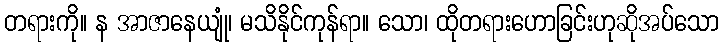
တရားကို။ န အာဇာနေယျုံ၊ မသိနိုင်ကုန်ရာ။ သော၊ ထိုတရားဟောခြင်းဟုဆိုအပ်သော